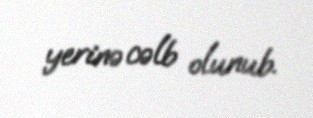
yerinə cəlb olunub.